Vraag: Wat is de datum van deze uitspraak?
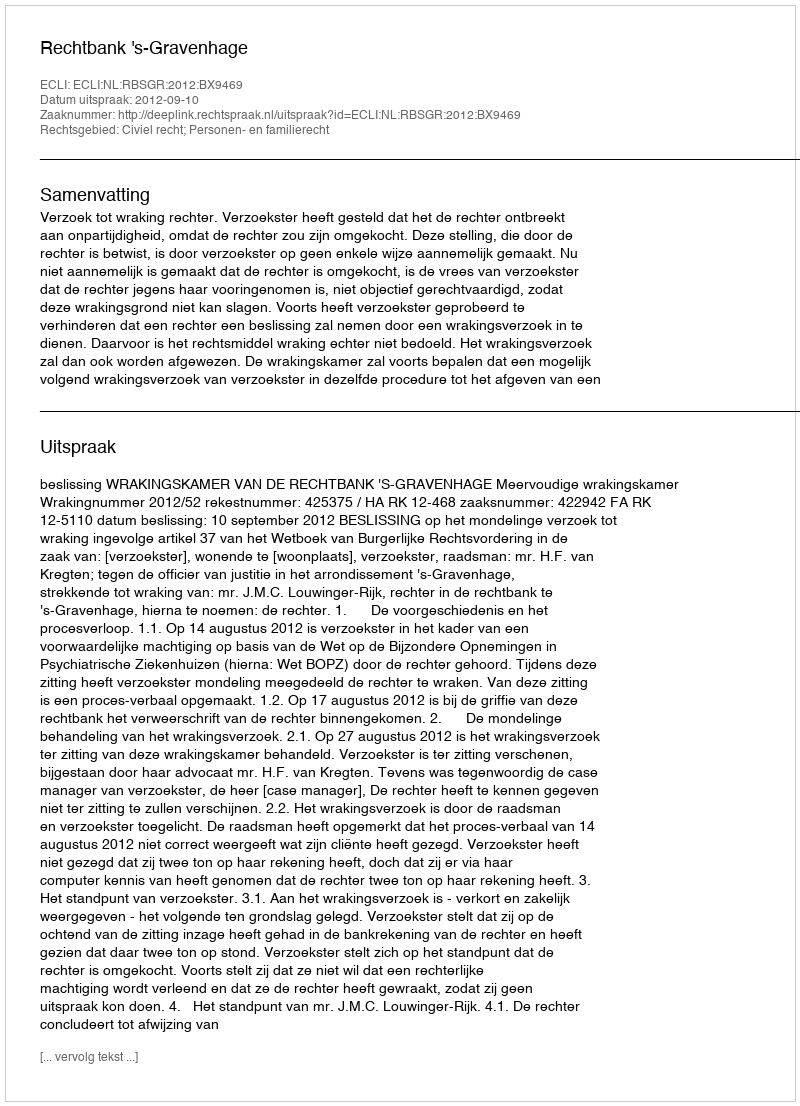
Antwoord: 2012-09-10